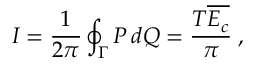
I = \frac { 1 } { 2 \pi } \oint _ { \Gamma } P \, d Q = \frac { T \overline { { E _ { c } } } } { \pi } \; ,